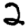
Digit: 2